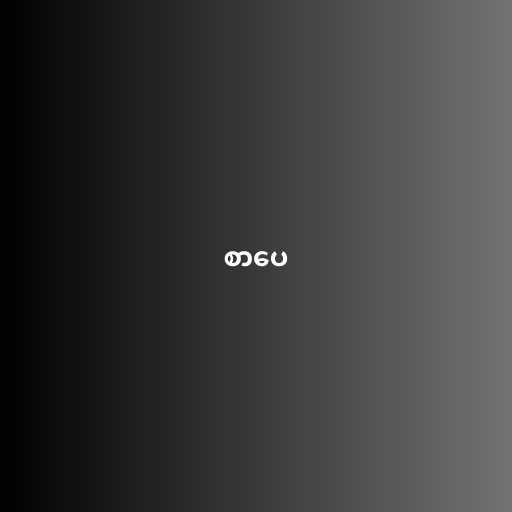
စာပေ